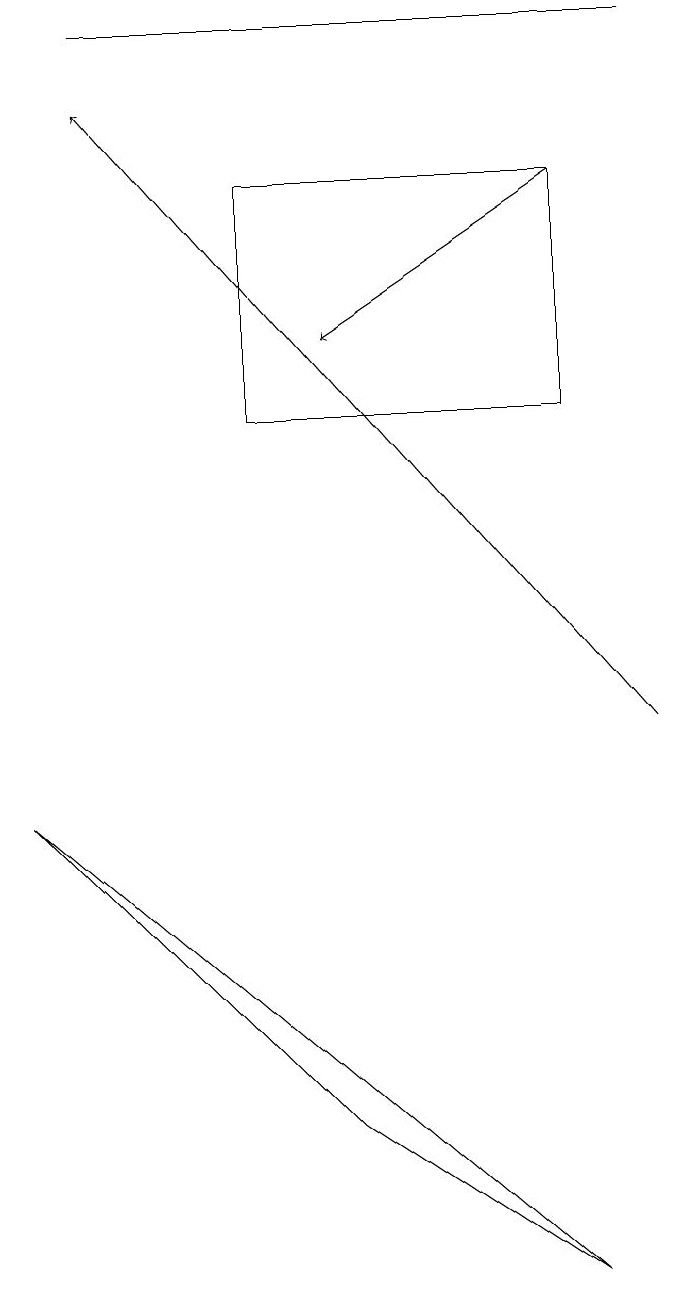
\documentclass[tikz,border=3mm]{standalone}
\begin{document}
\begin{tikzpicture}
\draw[->] (7,17) -- (4,15);
\draw (7,3) -- (0,9) -- (4,5) -- cycle;
\draw (8,19) rectangle (1,19);
\draw (7,17) rectangle (3,14);
\draw[->] (8,10) -- (1,18);
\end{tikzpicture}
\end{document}